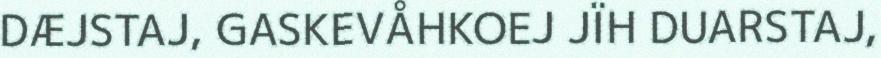
DÆJSTAJ, GASKEVÅHKOEJ JÏH DUARSTAJ,